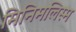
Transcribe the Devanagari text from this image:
मिनिमलिस्म